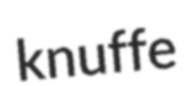
knuffe